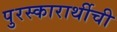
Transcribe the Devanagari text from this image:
पुरस्कारार्थीची